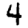
Digit: 4